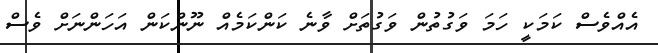
އެއްވެސް ކަމަކީ ހަމަ ވަގުތުން ވަގުތަށް ވާނެ ކަންކަމެއް ނޫންކަން އަހަންނަށް ވެސް